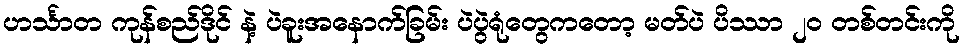
ဟင်္သာတ ကုန်စည်ဒိုင် နဲ့ ပဲခူးအနောက်ခြမ်း ပဲပွဲရုံတွေကတော့ မတ်ပဲ ပိဿာ ၂၀ တစ်တင်းကို